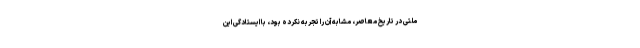
ملّتی در تاریخ معاصر، مشابه آن را تجربه نکرده بود، با ایستادگی این